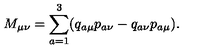
M _ { \mu \nu } = \sum _ { a = 1 } ^ { 3 } ( q _ { a \mu } p _ { a \nu } - q _ { a \nu } p _ { a \mu } ) .